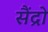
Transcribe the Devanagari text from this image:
सैंद्रो